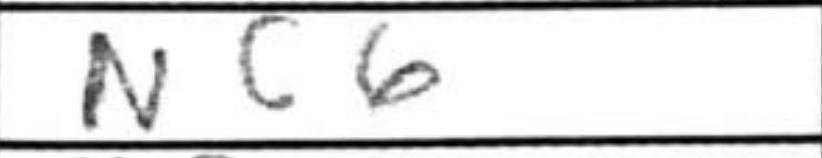
Transcription: Nc6